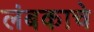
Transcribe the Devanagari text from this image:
लंबकाचे